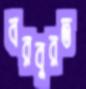
বরবুরত